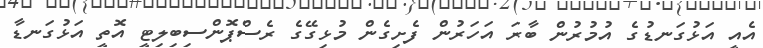
އެއީ އަޅުގަނޑުގެ އުމުރުން ބާރަ އަހަރުން ފެށިގެން މުޅިގޭގެ ރެސްޕޮންސިބިލިޓީ އޮތީ އަޅުގަނޑާ